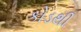
કોડથી